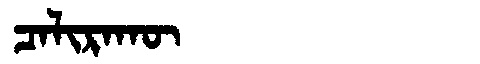
Manchu: ᠴᠠᠯᡳᡵᠠᡴᡡ
Romanization: CALIRAKŪ